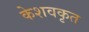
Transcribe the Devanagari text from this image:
केशवकृत